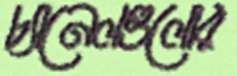
চ্যানেলগুলোর